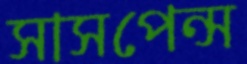
সাসপেন্স